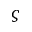
\varsigma